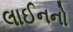
લાઈનનો